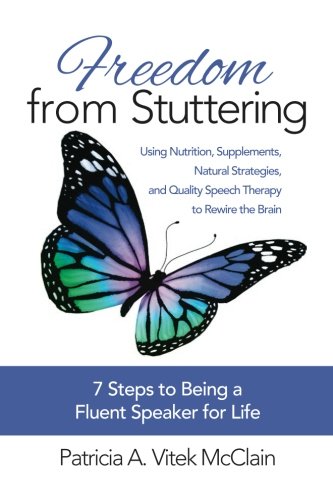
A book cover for Freedom from Stuttering: Using Nutrition, Supplements, Natural Strategies, and Quality Speech Therapy to Rewire the Brain; Patricia A Vitek McClain; Health, Fitness & Dieting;